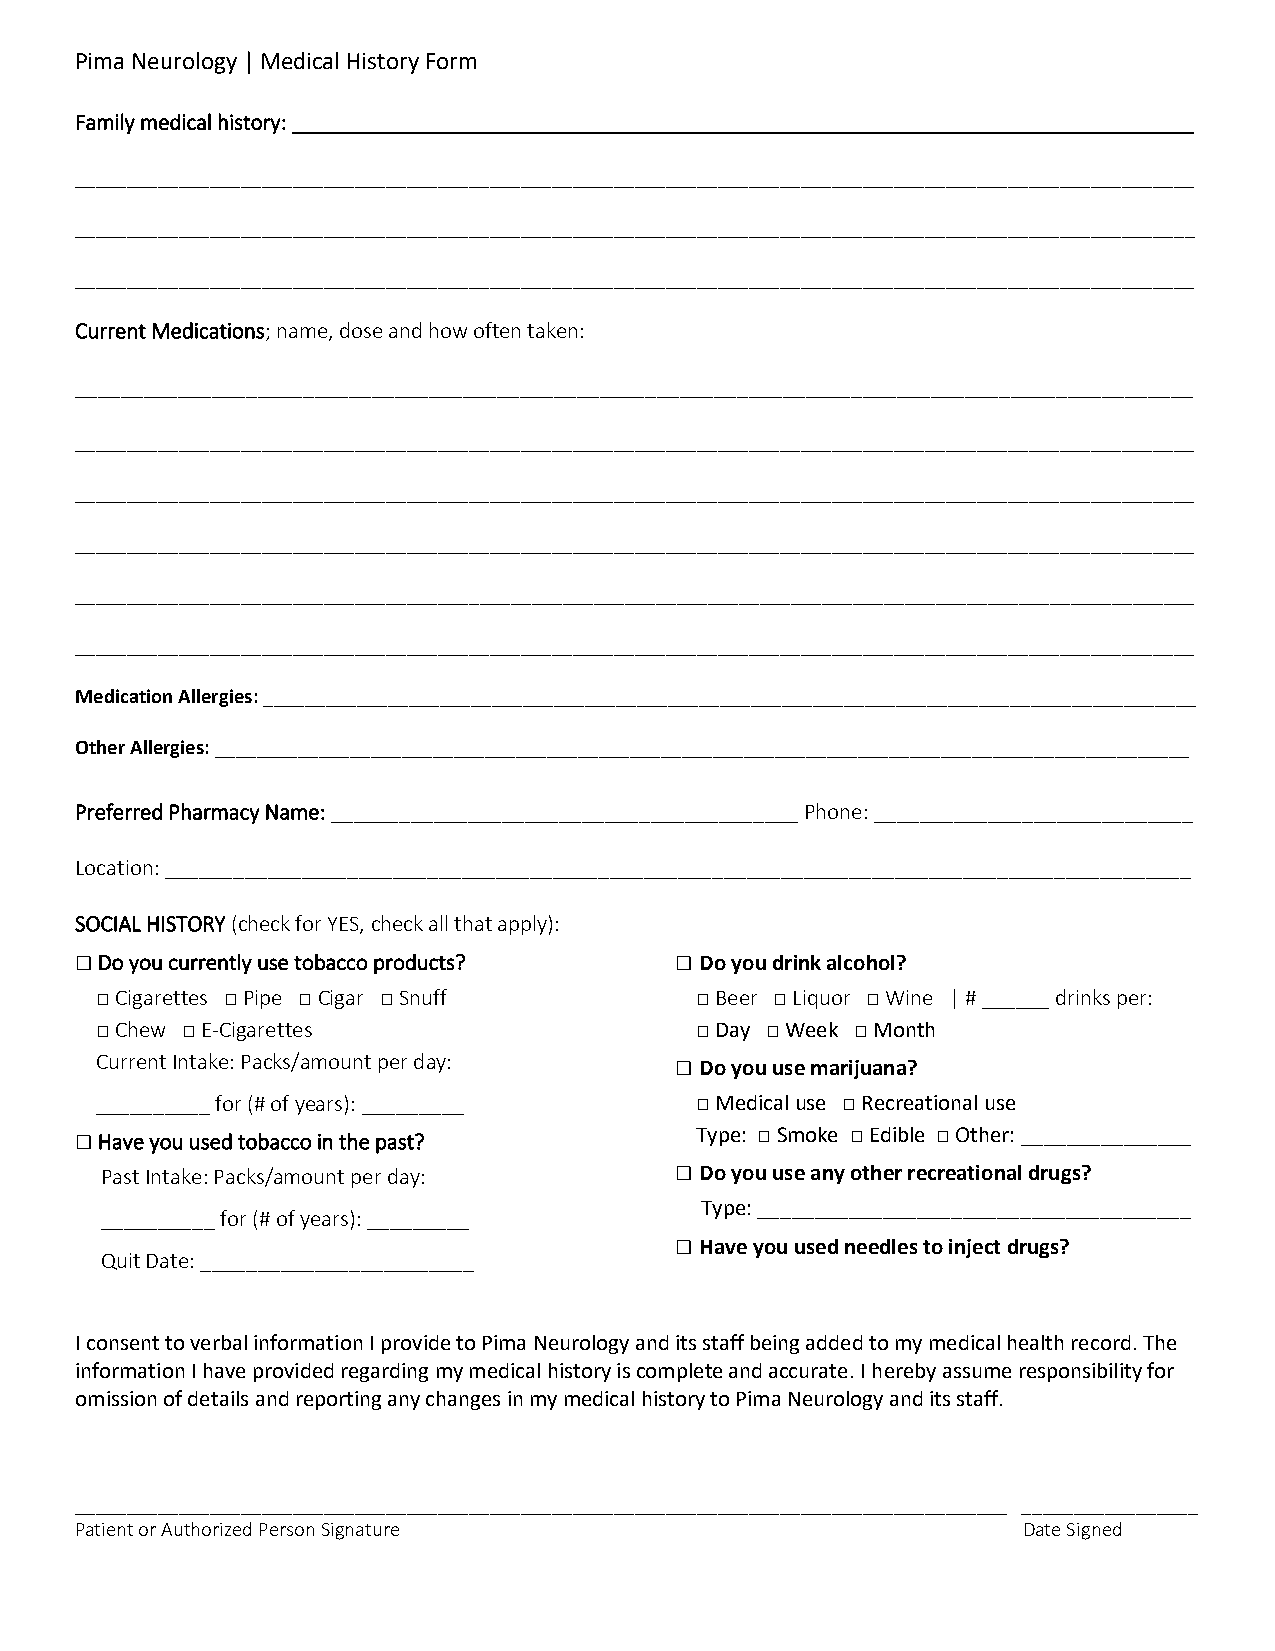
Pima Neurology | Medical History Form
 Family medical history: _______________________________________________________________________________
 ____________________________________________________________________________________________________________
 ____________________________________________________________________________________________________________
 ____________________________________________________________________________________________________________
 Current Medications; name, dose and how often taken:
 __________________________________________________________________________________________________
 ____________________________________________________________________________________________________________
 ____________________________________________________________________________________________________________
 ____________________________________________________________________________________________________________
 ____________________________________________________________________________________________________________
 ____________________________________________________________________________________________________________
 Medication Allergies: __________________________________________________________________________________________
 Other Allergies: ______________________________________________________________________________________________
 Preferred Pharmacy Name: _________________________________________ Phone: ____________________________
 Location: __________________________________________________________________________________________
 SOCIAL HISTORY (check for YES, check all that apply):
 □ Do you currently use tobacco products? □ Do you drink alcohol?
 □ Cigarettes □ Pipe □ Cigar □ Snuff     □ Beer □ Liquor □ Wine | # ______ drinks per:
 □ Chew □ E-Cigarettes                   □ Day □ Week □ Month
 Current Intake: Packs/amount per day:  □ Do you use marijuana?
 __________ for (# of years): _________  □ Medical use □ Recreational use
 □ Have you used tobacco in the past?     Type: □ Smoke □ Edible □ Other: _______________
 Past Intake: Packs/amount per day:    □ Do you use any other recreational drugs?
 Type: ______________________________________
 __________ for (# of years): _________
 □ Have you used needles to inject drugs?
 Quit Date: ________________________
 I consent to verbal information I provide to Pima Neurology and its staff being added to my medical health record. The
 information I have provided regarding my medical history is complete and accurate. I hereby assume responsibility for
 omission of details and reporting any changes in my medical history to Pima Neurology and its staff.
 __________________________________________________________________________________________ _________________
 Patient or Authorized Person Signature                         Date Signed